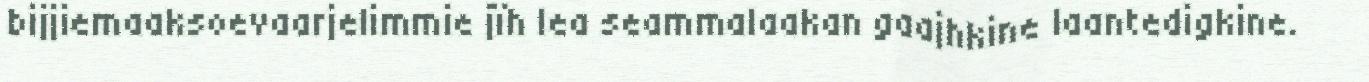
bijjiemaaksoevaarjelimmie jïh lea seammalaakan gaajhkine laantedigkine.